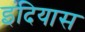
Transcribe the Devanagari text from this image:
इंदियास